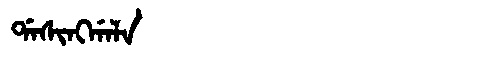
Manchu: ᡩᠠᠰᡳᠩᡤᠠᠯᠠ
Romanization: DASINGGALA